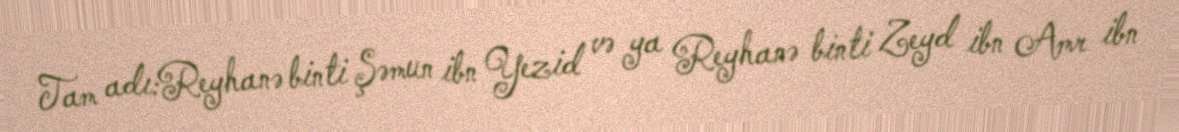
Tam adı:Reyhanə binti Şəmun ibn Yezid və ya Reyhanə binti Zeyd ibn Amr ibn